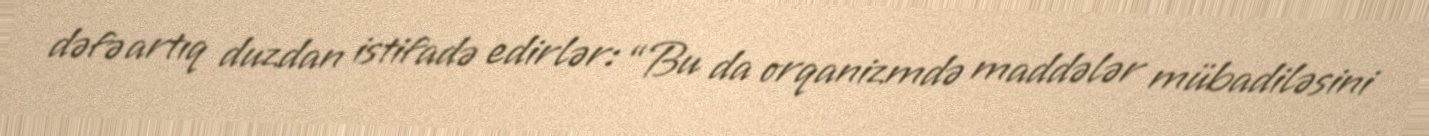
dəfə artıq duzdan istifadə edirlər: “Bu da orqanizmdə maddələr mübadiləsini